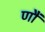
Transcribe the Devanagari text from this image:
णौं